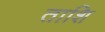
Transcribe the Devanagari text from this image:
ताशि